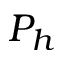
P _ { h }